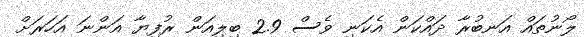
ލޯނުތައް އަނބުރާ ދައްކަން އެކަނި ވެސް 2.9 ބިލިއަން ރުފިޔާ އަންނަ އަހަރަށް